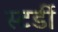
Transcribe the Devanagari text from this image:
स्टर्डी